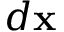
d \mathbf { x }